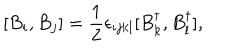
[ B _ { i } , B _ { j } ] = \frac { 1 } { 2 } \epsilon _ { i j k l } [ B _ { k } ^ { \dagger } , B _ { l } ^ { \dagger } ] ,